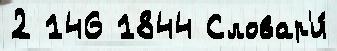
2 146 1844 Словар'и́